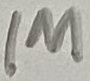
Text: 1M